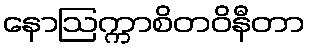
နောဩက္ကာစိတဝိနီတာ